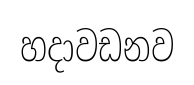
හදාවඩනව